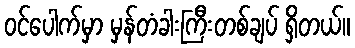
ဝင်ပေါက်မှာ မှန်တံခါးကြီးတစ်ချပ် ရှိတယ်။